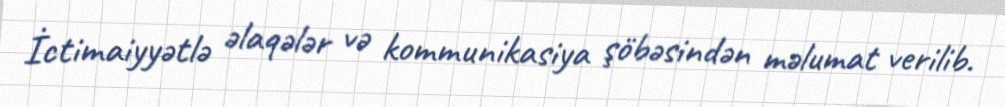
İctimaiyyətlə əlaqələr və kommunikasiya şöbəsindən məlumat verilib.